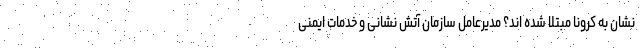
نشان به کرونا مبتلا شده اند؟ مدیرعامل سازمان آتش نشانی و خدمات ایمنی